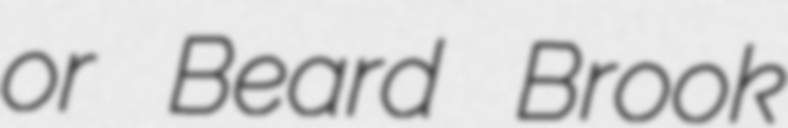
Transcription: or Beard Brook